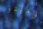
دومينو